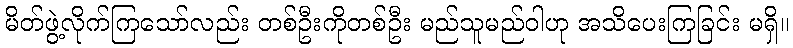
မိတ်ဖွဲ့လိုက်ကြသော်လည်း တစ်ဦးကိုတစ်ဦး မည်သူမည်ဝါဟု အသိပေးကြခြင်း မရှိ။